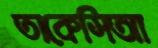
তাকেসিআ